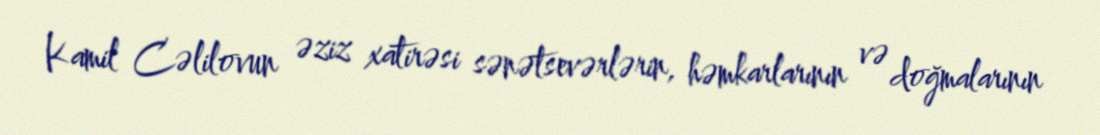
Kamil Cəlilovun əziz xatirəsi sənətsevərlərin, həmkarlarının və doğmalarının